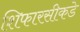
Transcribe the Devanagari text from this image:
शिफारसीकडे